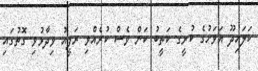
ކަލައިދޫ އަވަށުގެ ކުރީގެ ކަތީބު ކަން ވެސް ކުރެއްވި ރަފީއު ވިދާޅުވި ގޮތުގައި